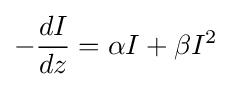
-{\frac {dI}{dz}}=\alpha I+\beta I^{2}